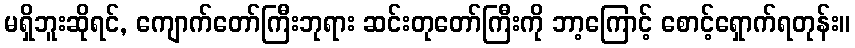
မရှိဘူးဆိုရင်, ကျောက်တော်ကြီးဘုရား ဆင်းတုတော်ကြီးကို ဘာ့ကြောင့် စောင့်ရှောက်ရတုန်း။